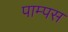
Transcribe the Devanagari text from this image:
पाम्पस